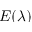
E ( \lambda )